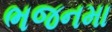
ભજનમા